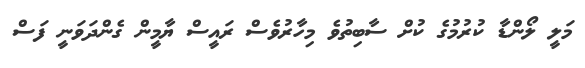
މަލީ ލޯންޑާ ކުރުމުގެ ކުށް ސާބިތުވެ މިހާރުވެސް ރައީސް ޔާމީން ގެންދަވަނީ ފަސް